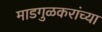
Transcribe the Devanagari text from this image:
माडगुळकरांच्या